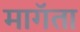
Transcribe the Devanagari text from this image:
मागॅता